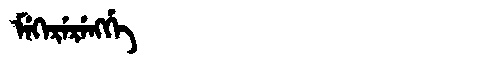
Manchu: ᠮᡝᡴᡝᡵᡝᡵᡝᠩᡤᡝ
Romanization: MEKERERENGGE